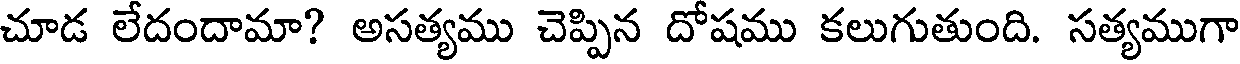
చూడ లేదందామా? అసత్యము చెప్పిన దోషము కలుగుతుంది. సత్యముగా